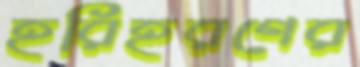
হরিহরণের